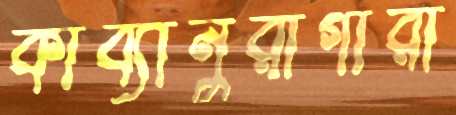
কাব্যানুরাগীরা